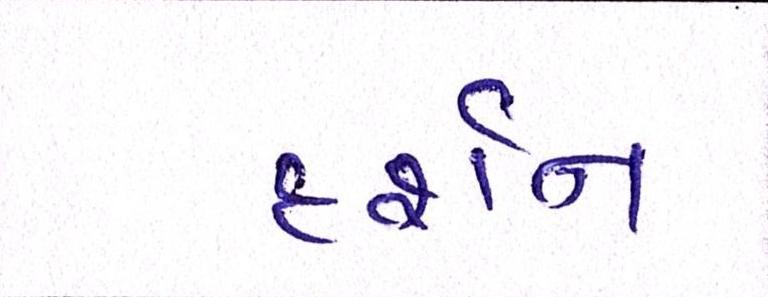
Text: દર્શન